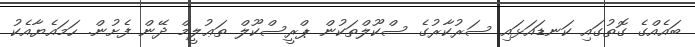
ބައެއްގެ ގޮތުގައި ކަނޑައަޅައި ސަރުކާރުގެ ސްކޫލްތަކުން ޕްރީސްކޫލް ތަޢުލީމް ދޭން ފެށުން. ހަމައެޔާއެކު